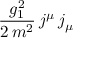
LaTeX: { \frac { g _ { 1 } ^ { 2 } } { 2 \, m ^ { 2 } } } \, j ^ { \mu } \, j _ { \mu }